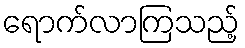
ရောက်လာကြသည့်